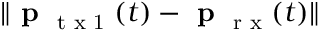
\| \textbf { p } _ { \textrm { t x 1 } } ( t ) - \textbf { p } _ { \textrm { r x } } ( t ) \|